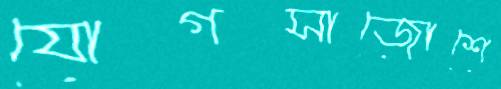
যোগসাজোশে